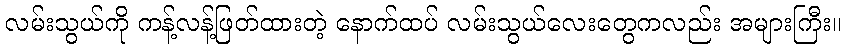
လမ်းသွယ်ကို ကန့်လန့်ဖြတ်ထားတဲ့ နောက်ထပ် လမ်းသွယ်လေးတွေကလည်း အများကြီး။